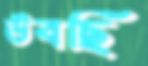
উবছি